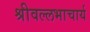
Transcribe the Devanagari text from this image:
श्रीवल्‍लभाचार्य